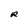
Character: R